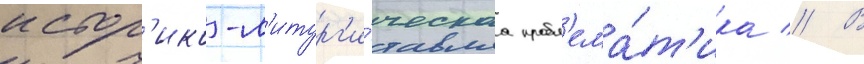
истор'ико-л'итург'и́ческаа пробл'ема́т'ика // В